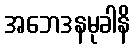
အဘေဒနမုခါနိ